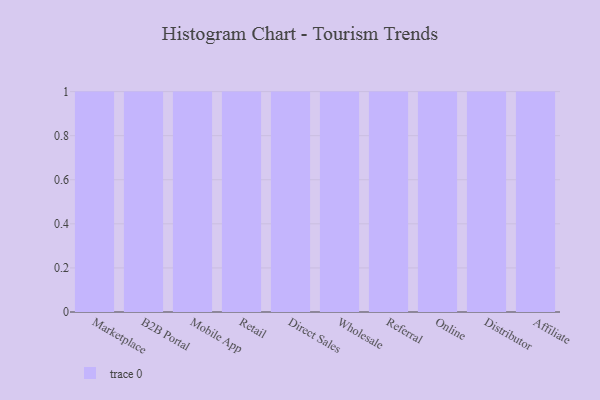
{"axis": {"x": "Channel", "y": "Market Share (%)"}, "legend": [""], "data": [{"x": "Marketplace", "y": 88, "type": ""}, {"x": "B2B Portal", "y": 64, "type": ""}, {"x": "Mobile App", "y": 68, "type": ""}, {"x": "Retail", "y": 58, "type": ""}, {"x": "Direct Sales", "y": 84, "type": ""}, {"x": "Wholesale", "y": 73, "type": ""}, {"x": "Referral", "y": 34, "type": ""}, {"x": "Online", "y": 27, "type": ""}, {"x": "Distributor", "y": 50, "type": ""}, {"x": "Affiliate", "y": 81, "type": ""}]}